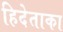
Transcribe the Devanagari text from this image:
हिदेताका